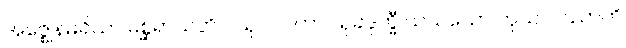
အဇ္ဈေနမရိယာ မစ္ဆရာယတိ ပသုပါလကာ သုခဒုက္ခီ ယသသော ကုသလဿာတိ